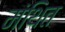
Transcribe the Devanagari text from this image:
मंथित